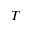
T